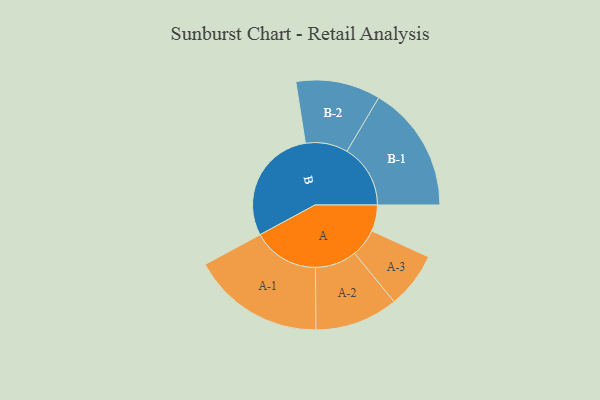
{"axis": {"x": "Segment", "y": "Value"}, "legend": ["", "A", "B"], "data": [{"x": "A", "y": 108, "type": ""}, {"x": "B", "y": 482, "type": ""}, {"x": "A-1", "y": 273, "type": "A"}, {"x": "A-2", "y": 171, "type": "A"}, {"x": "A-3", "y": 115, "type": "A"}, {"x": "B-1", "y": 261, "type": "B"}, {"x": "B-2", "y": 174, "type": "B"}]}